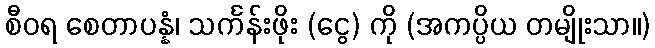
စီဝရ စေတာပန္နံ၊ သင်္ကန်းဖိုး (ငွေ) ကို (အကပ္ပိယ တမျိုးသာ။)